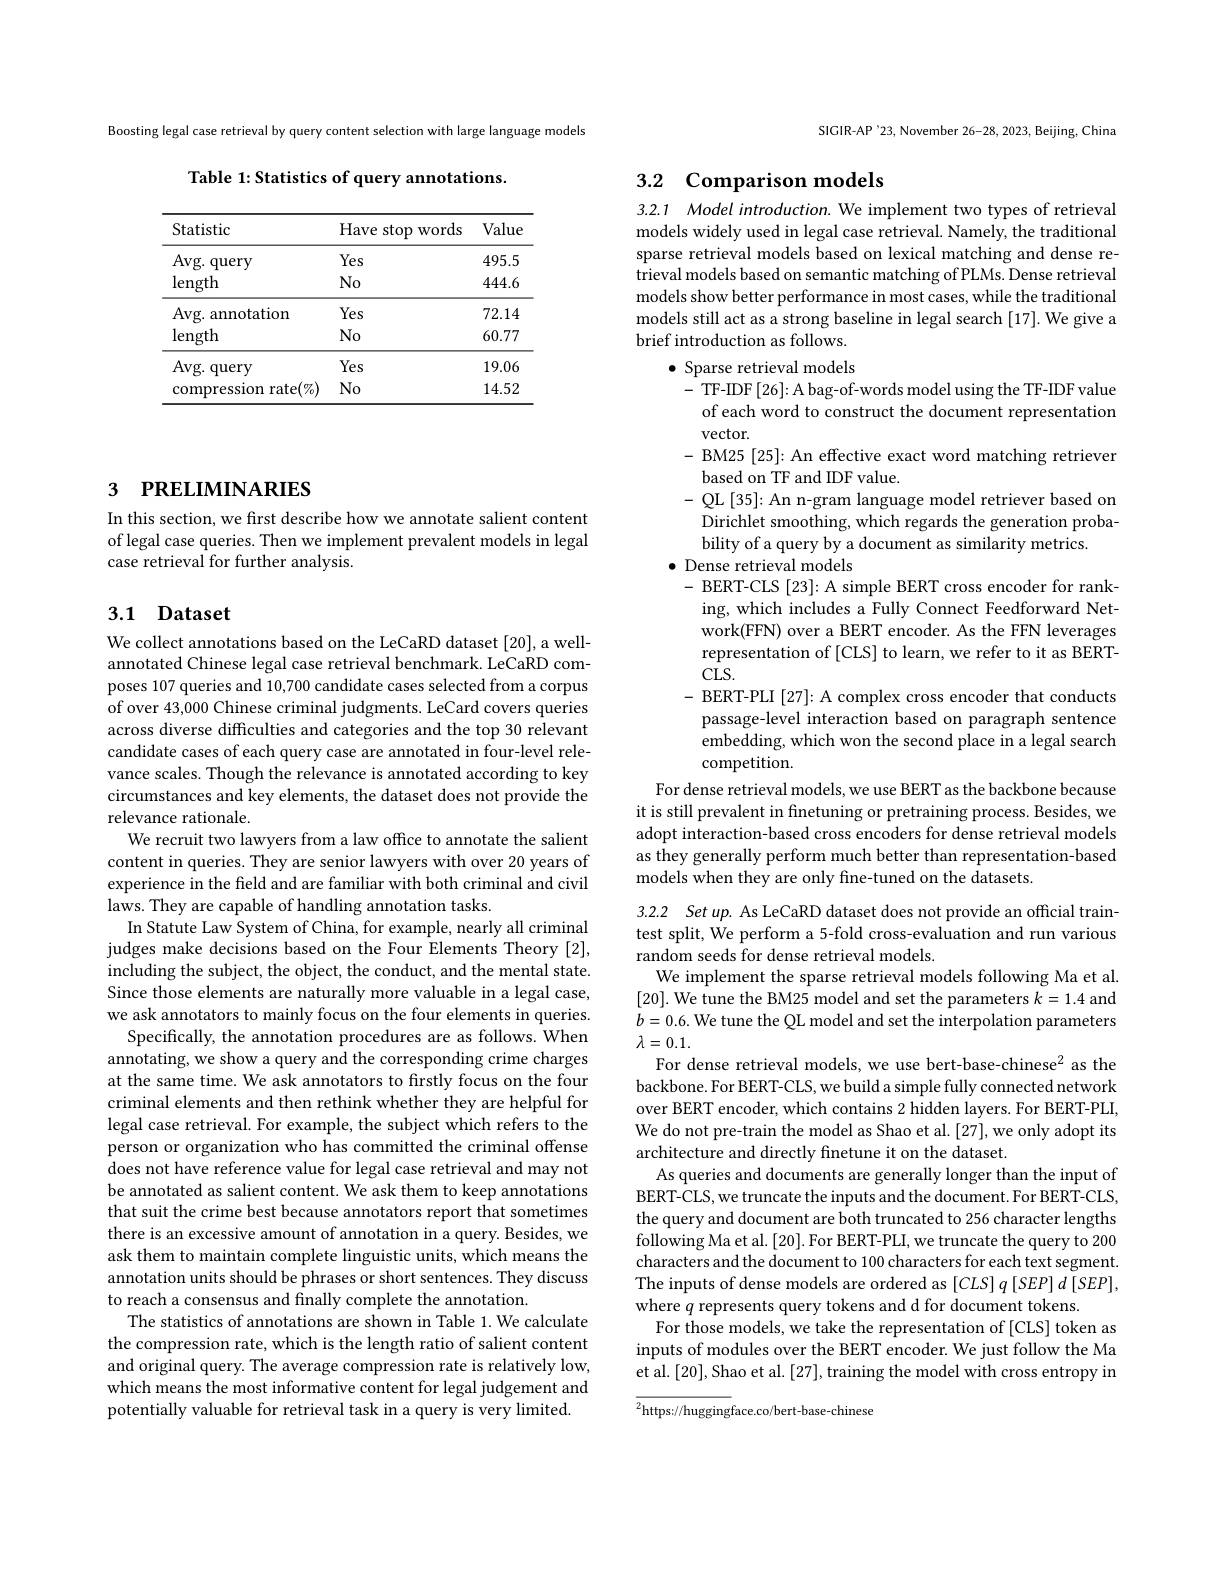
Boosting legal case retrieval by query content selection with large language models

Table 1: Statistics of query annotations.

<table>
	<tbody>
		<tr>
			<th>Statistic</th>
			<th>Have stop words</th>
			<th>Value</th>
		</tr>
		<tr>
			<td>Avg. query</td>
			<td>Yes</td>
			<td>495.5</td>
		</tr>
		<tr>
			<td>length</td>
			<td>$No$</td>
			<td>444.6</td>
		</tr>
		<tr>
			<td>Avg. annotation</td>
			<td>Yes</td>
			<td>72.14</td>
		</tr>
		<tr>
			<td>length</td>
			<td>$No$</td>
			<td>60.77</td>
		</tr>
		<tr>
			<td>Avg. query</td>
			<td>Yes</td>
			<td>19.06</td>
		</tr>
		<tr>
			<td>compression rate$(\%)$</td>
			<td>$No$</td>
			<td>14.52</td>
		</tr>
	</tbody>
</table>

# 3 РRELIMINARIES

In this section, we first describe how we annotate salient content of legal case queries. Then we implement prevalent models in legal case retrieval for further analysis.

## 3.1 Dataset

We collect annotations based on the LeCaRD dataset [20], a wellannotated Chinese legal case retrieval benchmark. LeCaRD composes 107 queries and 10,700 candidate cases selected from a corpus of over 43,000 Chinese criminal judgments. LeCard covers queries across diverse difficulties and categories and the top 30 relevant candidate cases of each query case are annotated in four-level relevance scales. Though the relevance is annotated according to key circumstances and key elements, the dataset does not provide the relevance rationale.
We recruit two lawyers from a law office to annotate the salient content in queries. They are senior lawyers with over 20 years of experience in the feld and are familiar with both criminal and civil laws. They are capable of handling annotation tasks.
In Statute Law System of China, for example, nearly all criminal judges make decisions based on the Four Elements Theory [2], including the subject, the object, the conduct, and the mental state. Since those elements are naturally more valuable in a legal case, we ask annotators to mainly focus on the four elements in queries.
Specifically, the annotation procedures are as follows. When annotating, we show a query and the corresponding crime charges at the same time. We ask annotators to firstly focus on the four criminal elements and then rethink whether they are helpful for legal case retrieval. For example, the subject which refers to the person or organization who has committed the criminal offense does not have reference value for legal case retrieval and may not be annotated as salient content. We ask them to keep annotations that suit the crime best because annotators report that sometimes there is an excessive amount of annotation in a query. Besides, we ask them to maintain complete linguistic units, which means the annotation units should be phrases or short sentences. They discuss to reach a consensus and finally complete the annotation.
The statistics of annotations are shown in Table 1. We calculate the compression rate, which is the length ratio of salient content and original query. The average compression rate is relatively low, which means the most informative content for legal judgement and potentially valuable for retrieval task in a query is very limited.

SIGIR-AP'23, November 26-28, 2023, Beijing, China

# 3.2 Comparison models

3.2.1 Model introduction. We implement two types of retrieval models widely used in legal case retrieval. Namely, the traditional sparse retrieval models based on lexical matching and dense retrieval models based on semantic matching of PLMs. Dense retrieval models show better performance in most cases, while the traditional models still act as a strong baseline in legal search [17]. We give a brief introduction as follows.
$\bullet$ Sparse retrieval models
- TF-IDF[26]: A bag-of-words model using the TF-IDF value of each word to construct the document representation $\operatorname{vector.}$
- BM25 [25]: An effective exact word matching retriever
based on TF and IDF value.
- QL [35]: An n-gram language model retriever based on Dirichlet smoothing, which regards the generation probability of a query by a document as similarity metrics.
$\bullet$ Dense retrieval models
- BERT-CLS [23]: A simple BERT cross encoder for ranking, which includes a Fully Connect Feedforward Network(FFN) over a BERT encoder. As the FFN leverages representation of [CLS] to learn, we refer to it as BERT- $CLS.$
- BERT-PLI [27]: A complex cross encoder that conducts passage-level interaction based on paragraph sentence embedding, which won the second place in a legal search competition.
For dense retrieval models, we use BERT as the backbone because

it is still prevalent in finetuning or pretraining process. Besides, we

adopt interaction-based cross encoders for dense retrieval models

as they generally perform much better than representation-based

models when they are only fine-tuned on the datasets.

3.2.2 Set up. As LeCaRD dataset does not provide an official traintest split, We perform a 5-fold cross-evaluation and run various random seeds for dense retrieval models.
We implement the sparse retrieval models following Ma et al. [20]. We tune the BM25 model and set the parameters $k=1.4$ and $b=0.6.$ We tune the QL model and set the interpolation parameters $\lambda=0.1.$
For dense retrieval models, we use bert-base-chinese$^2$ as the backbone. For BERT-CLS, we build a simple fully connected network over BERT encoder, which contains 2 hidden layers. For BERT-PLI, We do not pre-train the model as Shao et al. [27], we only adopt its architecture and directly finetune it on the dataset.
As queries and documents are generally longer than the input of BERT-CLS, we truncate the inputs and the document. For BERT-CLS, the query and document are both truncated to 256 character lengths following Ma et al. [20]. For BERT-PLI, we truncate the query to 200 characters and the document to 100 characters for each text segment. The inputs of dense models are ordered as $[CLS]q\left[SEP\right]d\left[SEP\right]$, where $q$ represents query tokens and d for document tokens.
For those models, we take the representation of [CLS] token as inputs of modules over the BERT encoder. We just follow the Ma et al.[20], Shao et al.[27], training the model with cross entropy in

${\overline{{^2}}}{\mathrm{https://hugging}}$face.co/bert-base-chinese